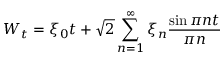
W _ { t } = \xi _ { 0 } t + { \sqrt { 2 } } \sum _ { n = 1 } ^ { \infty } \xi _ { n } { \frac { \sin \pi n t } { \pi n } }